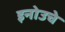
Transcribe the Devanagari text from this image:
इनोउचे